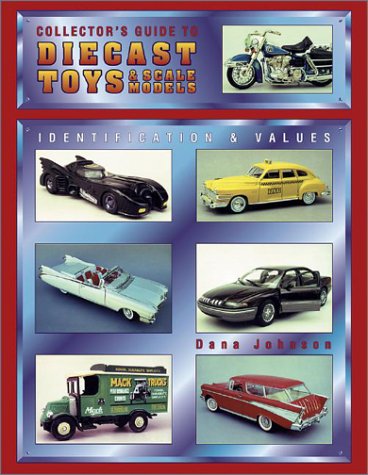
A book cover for Collector's Guide to Diecast Toys & Scale Models: Identification and Values; Dana Johnson; Crafts, Hobbies & Home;